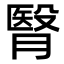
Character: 㬾